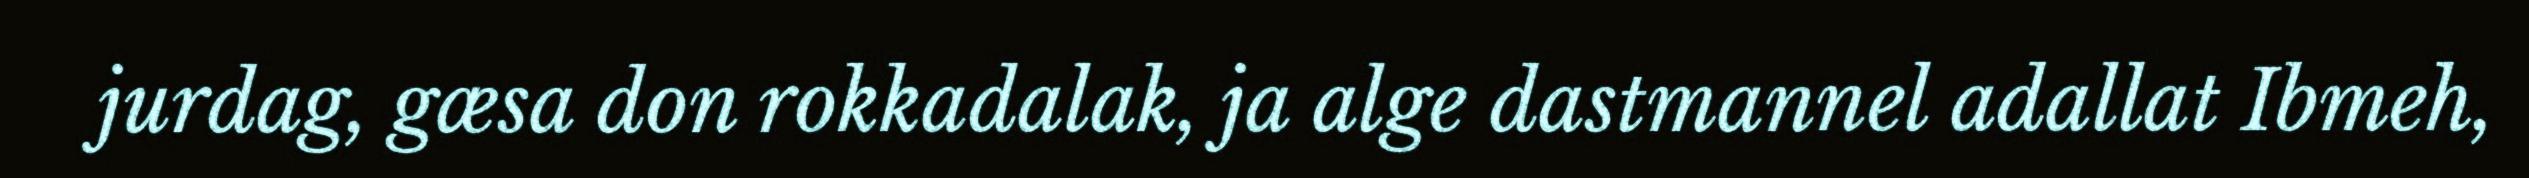
jurdag, gæsa don rokkadalak, ja alge dastmannel adallat Ibmeh,